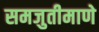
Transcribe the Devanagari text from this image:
समजुतीमाणे